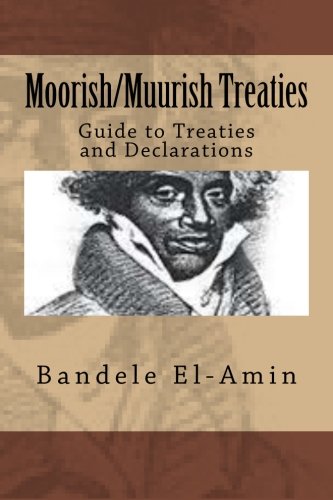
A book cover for Moorish/Muurish Treaties: Guide to Treaties and Declarations; Bandele Yobachi El-Amin; History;